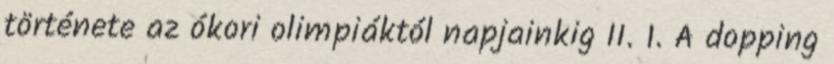
története az ókori olimpiáktól napjainkig II. 1. A dopping